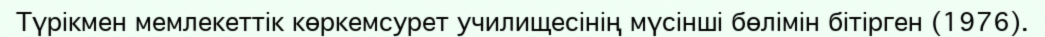
Түрікмен мемлекеттік көркемсурет училищесінің мүсінші бөлімін бітірген (1976).